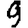
Digit: 9